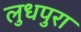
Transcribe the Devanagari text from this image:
लुधपुरा